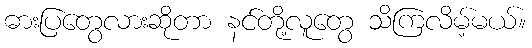
ဓားပြတွေလားဆိုတာ နင်တို့လူတွေ သိကြလိမ့်မယ်။